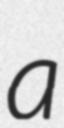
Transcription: a